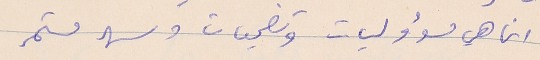
انما هي مسؤوليات وتضحيات وسهر مستمر